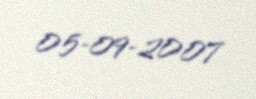
05-09-2007